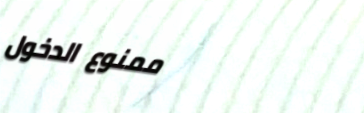
ممنوع الدخول